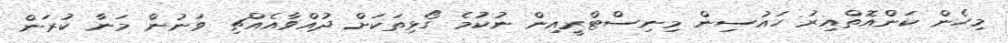
މިހެން ކަންއޮތްއިރު ހައުސިން މިނިސްޓްރީއިން ނުކުމެ ގޯޅިތަކަށް ދުއްވާއެއްޗި ވަނުން މަނާ ކުރަން